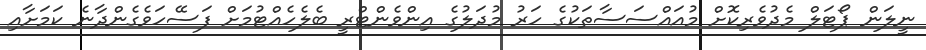
ނީލަން ޕޯޓަލް މެދުވެރިކޮށް މުއައްސަސާތަކުގެ ހަރު މުދަލުގެ އިންވެންޓްރީ ބެލެހެއްޓުމަށް ފަސޭހަވެގެންދާނެ ކަމަށާއި